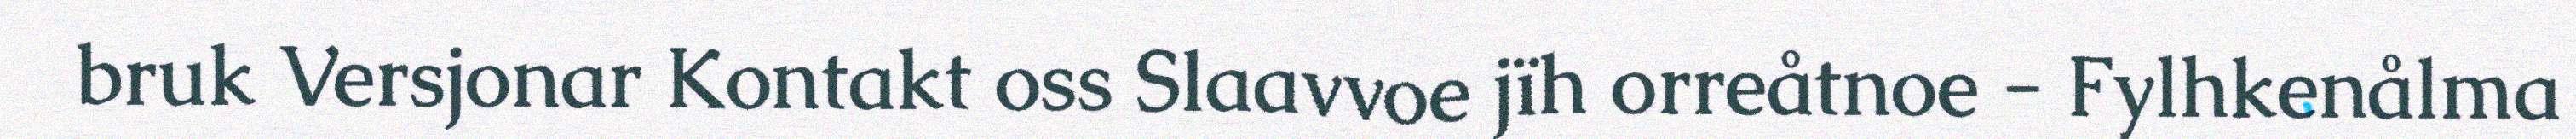
bruk Versjonar Kontakt oss Slaavvoe jïh orreåtnoe - Fylhkenålma